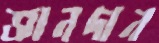
জ্ঞানদান